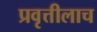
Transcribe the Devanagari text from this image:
प्रवृत्तीलाच